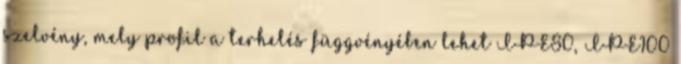
szelvény, mely profil a terhelés függvényében lehet IPE80, IPE100